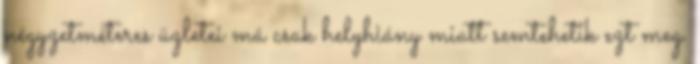
négyzetméteres üzletei má csak helyhiány miatt semtehetik ezt meg.